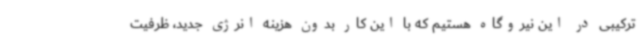
ترکیبی در این نیروگاه هستیم که با این کار بدون هزینه انرژی جدید، ظرفیت